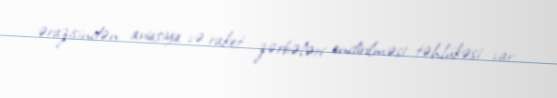
ərazisindən aviasiya və raket zərbələri endirilməsi təhlükəsi var.